Medical and sanitary report of the native army of Bengal for the year
Year: 1875
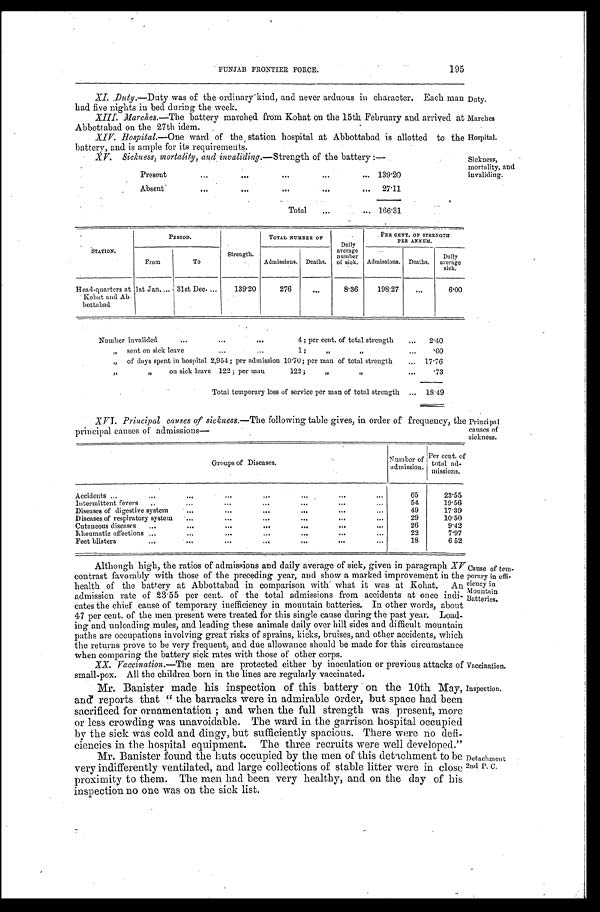
Duty.
Marches
Hospital.
XV. Sickness, mortality, and invaliding.— Strength of the battery:—
Present
1 3 9 · 2 0
Absent
2 7 · 1 1
T o t a l
1 6 6 · 3 1
Sickness,
mortality, and
invaliding.
PUNJAB FRONTIER FORCE.
195
XI. Duty.—Duty was of the ordinary kind, and never arduous in character. Each man
had five nights in bed during the week.
XIII. Marches.—The battery marched from Kohat on the 15th February and arrived at
Abbottabad on the 27th idem.
XIV. Hospital.—One ward of the station hospital at Abbottabad is allotted to the
battery, and is ample for its requirements.
STATION.
PERIOD.
S t r e n g t h .
TOTAL NUMBER OF
D a i l y a v e r a g e n u mb e r o f s i c k .
PER CENT. OF STRENGTH PER ANNUM.
From
To
Admissions. Deaths.
A d mi s s i o n s .
Deat hs.
Dai l y aver age si ck.
Head-quart ers at Kohat and Ab-bot t abad. 1st Jan. 31st Dec.
1 3 9 · 2 0
2 7 6
...
8 · 3 6
1 9 8 · 2 7 ...
6 · 0 0
N u m b e r i n v a l i d e d . . . . . . . . . 4 ; p e r c e n t . o f t o t a l s t r e n g t h
2 · 4 0
" s e n t o n s i c k l e a v e . . . . . . 1 ; " "
· 6 0
" of days spent in hospital 2,954; per admission 10·70; per man of total strength
1 7 · 7 6
" " on sick leave 122; per man 122; " "
· 7 3
T o t a l t e m p o r a r y l o s s o f s e r v i c e p e r m a n o f t o t a l s t r e n g t h
1 8 · 4 9
XVI. Principal causes of sickness. —The following table gives, in order of frequency, the
principal causes of admissions—
Groups of Diseases.
Number of admi ssi on.
Per cent . of t ot al ad- mi ssi ons.
Accidents
65
23·55
Intermittent fevers
54
19·56
Diseases of digestive system
49
17·39
Diseases of respiratory system
29
10·50
Cutaneous diseases
26
9·42
Kheumatic affections
22
7·97
Feet blisters
18
6·52
Principal
causes of
sickness.
Although high, the ratios of admissions and daily average of sick, given in paragraph XV
contrast favorably with those of the preceding year, and show a marked improvement in the
health of the battery at Abbottabad in comparison with what it was at Kohat. A
n admission rate of 23·55 per cent. of the total admissions from accidents at once indi
-cates the chief cause of temporary inefficiency in mountain batteries. In other words, about
47 per cent. of the men present were treated for this single cause during the past year. Load
-ing and unloading mules, and leading these animals daily over hill sides and difficult mountain
paths are occupations involving great risks of sprains, kicks, bruises, and other accidents, which
the returns prove to be very frequent, and due allowance should be made for this circumstance
when comparing the battery sick rates with those of other corps.
XX. Vaccination. —The men are protected either by inoculation or previous attacks of
small-pox. All the children born in the lines are regularly vaccinated.
Cause of tem
-porary in effi
-ciency in
Mountain
Batteries.
Vaccination.
Mr. Banister made his inspection of this battery on the 10th May;
and reports that "the barracks were in admirable order, but space had been
sacrificed for ornamentation; and when the full strength was present, more
or less crowding was unavoidable. The ward in the garrison hospital occupied
by the sick was cold and dingy, but sufficiently spacious. There were no defi-ciencies in the hospital equipment. The three recruits were will developed."
Mr. Banister found the huts occupied by the men of this detachment to be
very indifferently ventilated, and large collections of stable litter were in close
proximity to them. The men had been very healthy, and on the day of his
inspection no one was on the sick list.
Inspection.
Detachment
2nd P. C.